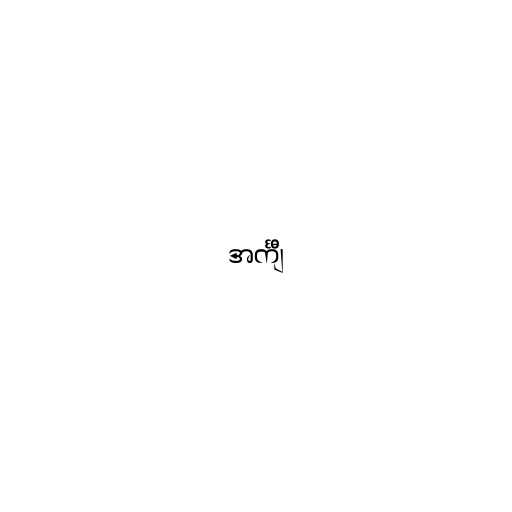
အင်္ကျီ